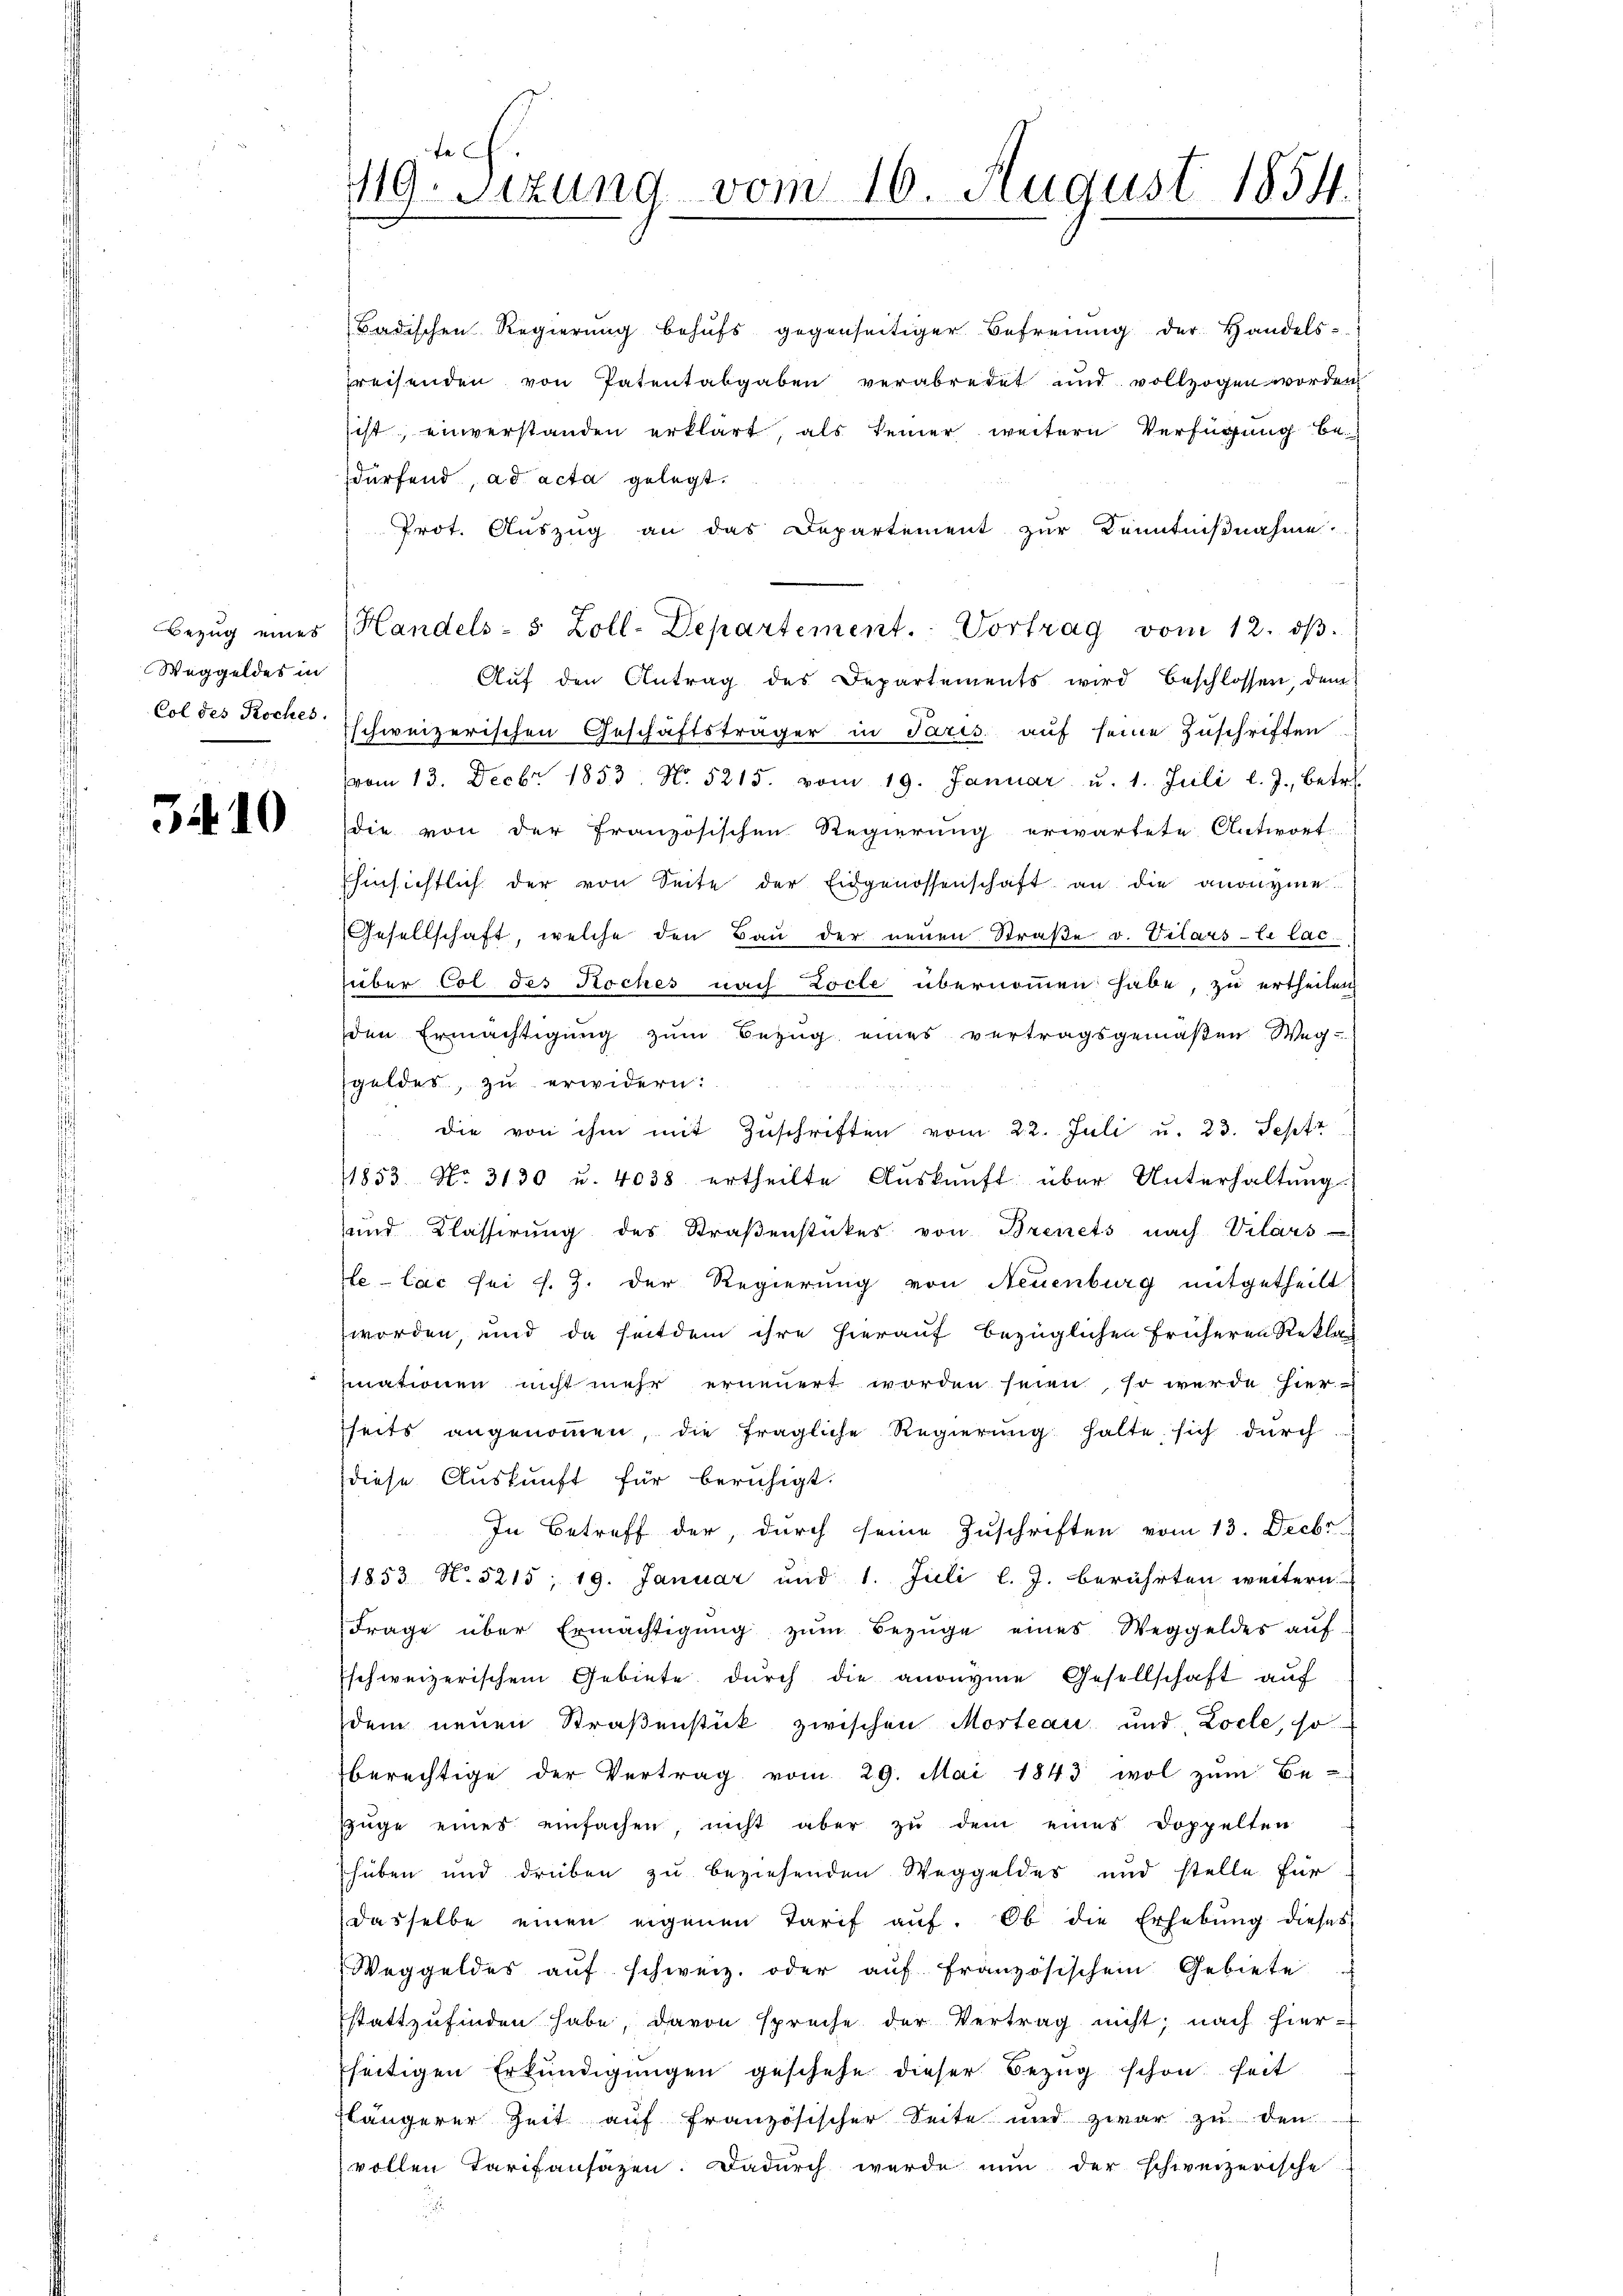
Weggeldes in

3410

te
119. Sizung vom 16. August 1854.

Badischen Regierŭng behŭfs gegenseitiger Befreiung der Handels-
preisenden von Patentabgaben verabredet und vollzogen worden
ist, einverstanden erklärt, als seiner weitern Verfügung bedürfend, ad acta gelegt.
Prot. Auszug an das Departement zur Kenntnißnahme.
Bezŭg eines Handels- 5 Zoll-Departement. Vortrag vom 12. dβ.
Aŭf den Antrag des Departements wird beschlossen, dem
Col des Koches schweizerischen Geschäftsträger in Paris auf seine Zuschriften
vom 13. Decbr 1853 No 5215. vom 19. Januar u. 1. Juli l. J., betr.
die von der französischen Regierung erwartete Antwort
Ehinsichtlich der von Seite der Eidgenossenschaft an die anonyme
Gesellschaft, welche den Bau der neuen Straße v. Vilars-le lac.
über Col des Koches nach Zocte übernommen habe, zu ertheilen
den Ermächtigŭng zŭm Bezŭg eines vertragsgemäβen Weg-
sgeldes, zu erwidern:
 die von ihm mit Zŭschriften vom 22. Juli u. 23. Sept
1853. No. 3130 u. 4038 ertheilte Aŭskŭnft über Unterhaltŭng.
und Klasserung des Straßenstückes von Brinets nach Vilars
e-Lac sei s. Z. der Regierung von Neuenburg mitgetheilt
worden, und da seitdem ihre hierauf bezüglichen früheren Reklamnationen nicht mehr erneuert worden seien, so wurde hier
seits angenommen, die fragliche Regierung halte, sich durch
diese Auskunft für beruhigt.
In Betreff der, durch seine Zuschriften vom 13. Decbr.
(1853 N. 5215, 19. Januar und 1. Juli l. J. berührten weitern
Frage über Ermächtigŭng zŭm Bezüge eines Weggeldes aŭf-
schweizerischem Gebiete dŭrch die anonyme Gesellschaft aŭf
dem neuen Straßenstück zwischen Morteau und Locle, so
berechtige der Vertrag vom 29. Mai 1843 wol zŭm Be-
Züge eines einfachen, nicht aber zŭ dem eines Doppelten
hüben und drüben zu beziehenden Weggeldes und stelle für
dasselbe einen eigenen Tarif aŭf. Ob die Erhebŭng dieses
Weggeldes aŭf schweiz. oder aŭf französischem Gebiete
stattzŭfinden habe, davon spreche der Vertrag nicht; nach hier-
seitigen Erkundigungen geschehe dieser Bezug schon seit
flängerer Zeit auf französischer Seite und zwar zu den
vollen Tarifansazen. Dadurch werde nun der schweizerische